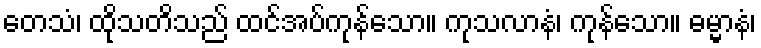
တေသံ၊ ထိုသတိသည် ထင်အပ်ကုန်သော။ ကုသလာနံ၊ ကုန်သော။ ဓမ္မာနံ၊